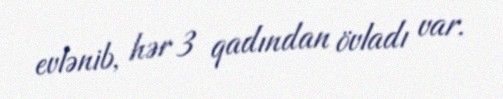
evlənib, hər 3 qadından övladı var.